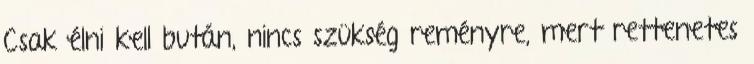
Csak élni kell bután, nincs szükség reményre, mert rettenetes